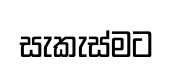
සැකැස්මට